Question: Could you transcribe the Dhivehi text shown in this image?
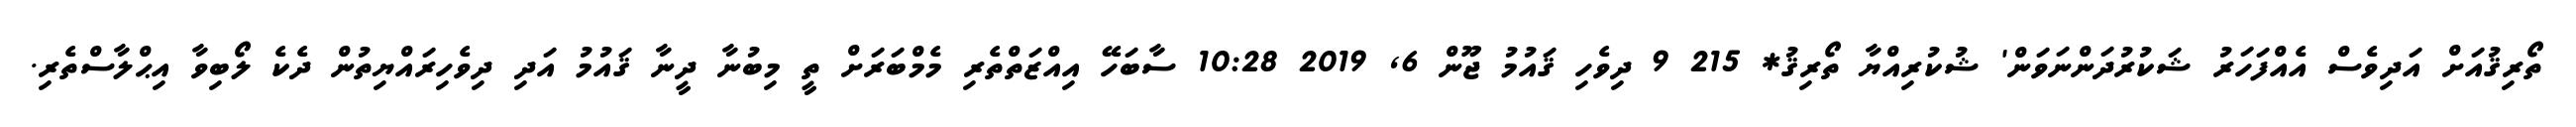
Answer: ތޯރިޤުއަށް އަދިވެސް އެއްފަހަރު ޝަކުރުދަންނަވަން' ޝުކުރިއްޔާ ތޯރިޤު* 215 9 ދިވެހި ޤައުމު ޖޫން 6, 2019 10:28 ސާބަހޭ އިއްޒަތްތެރި މެމްބަރަށް ތީ މިބުނާ ދީނާ ޤައުމު އަދި ދިވެހިރައްޔިތުން ދެކެ ލޯބިވާ އިޙްލާސްތެރި.